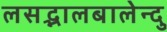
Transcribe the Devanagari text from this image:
लसद्भालबालेन्दु